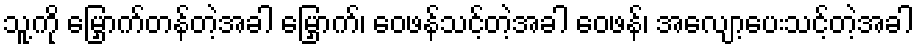
သူ့ကို မြှောက်တန်တဲ့အခါ မြှောက်၊ ဝေဖန်သင့်တဲ့အခါ ဝေဖန်၊ အလျော့ပေးသင့်တဲ့အခါ